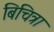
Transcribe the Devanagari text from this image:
बिचित्रा